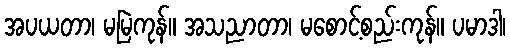
အပယတာ၊ မမြဲကုန်။ အသညာတာ၊ မစောင့်စည်းကုန်။ ပမာဒါ၊